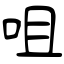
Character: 咀